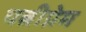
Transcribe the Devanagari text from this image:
पत्नीप्रेम